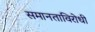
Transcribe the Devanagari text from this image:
समानताविरोधी